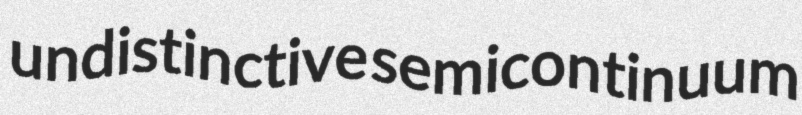
undistinctive semicontinuum